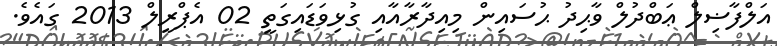
އަލްފާޟިލް ޢަބްދުލް ވާޙިދު ޙުސައިން މިއިދާރާއާއި ގުޅިވަޑައިގަތީ 02 އެޕްރީލް 2013 ގައެވެ.